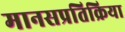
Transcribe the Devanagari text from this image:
मानसप्रतिक्रिया